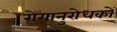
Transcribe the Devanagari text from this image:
रोगानुरोधकों